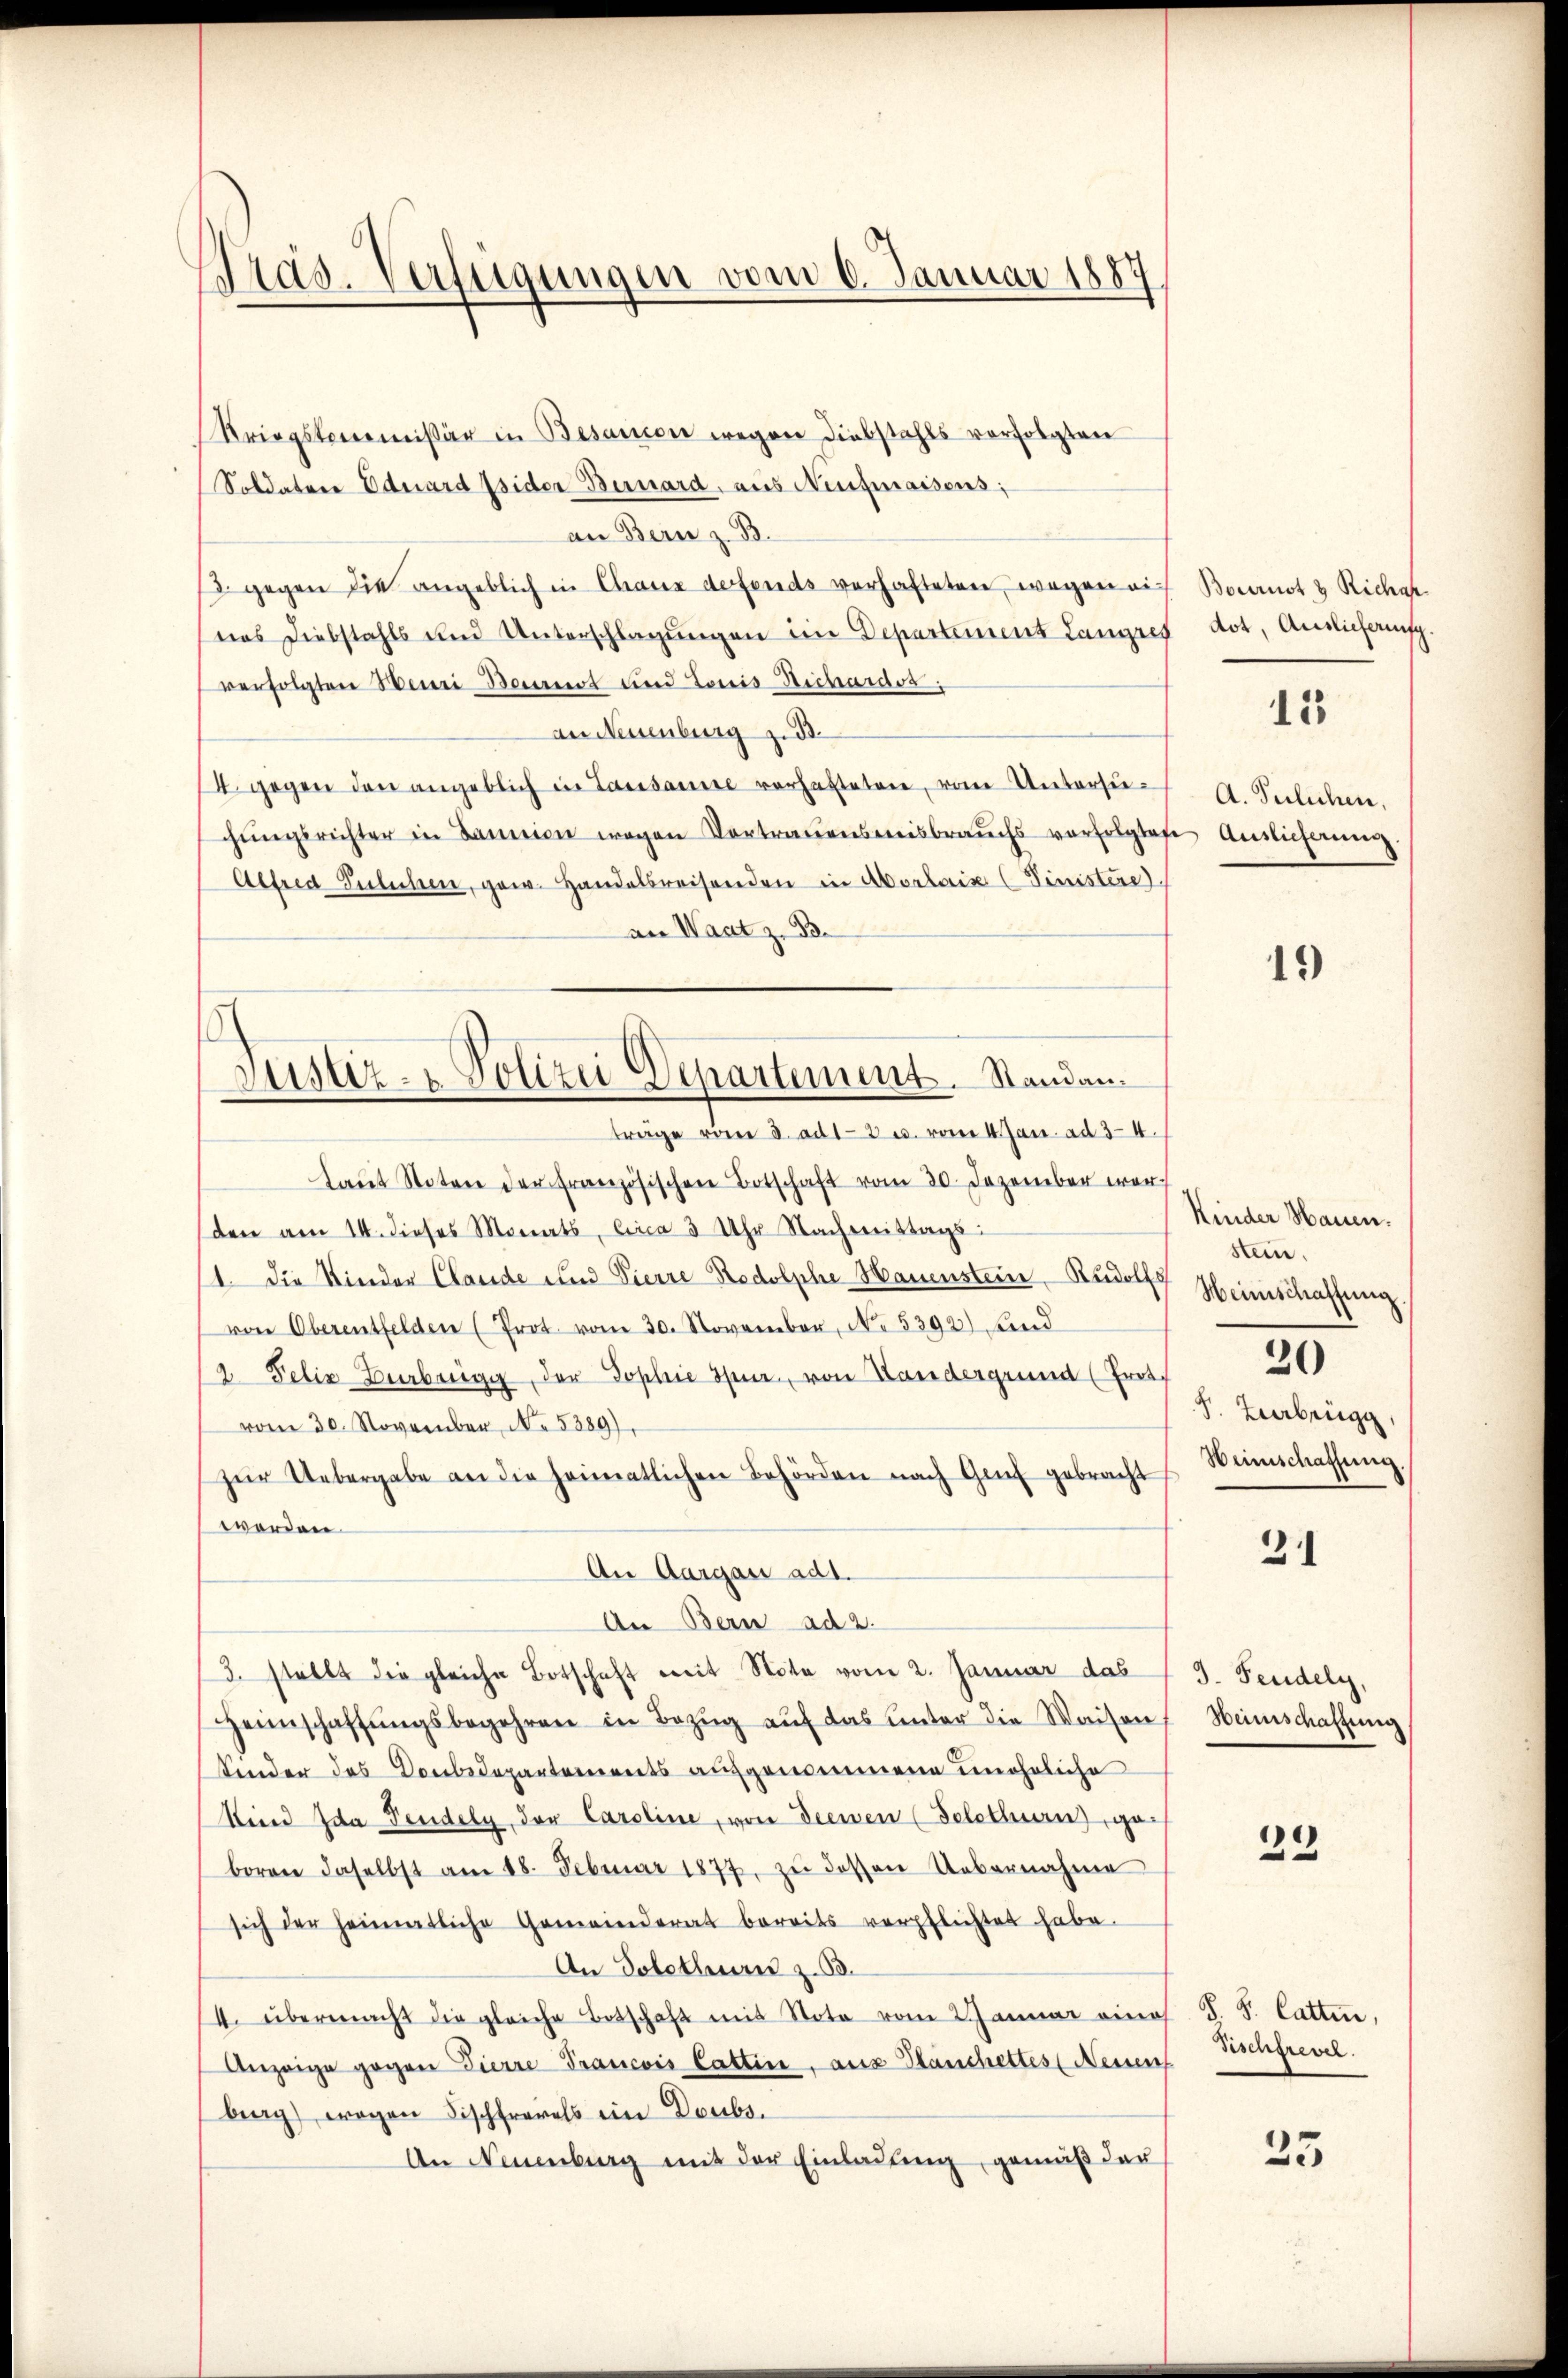
Präs. Verfügungen vom 6. Januar 1887

Kriegskommissär in Besanien wegen Diebstahls verfolgten
Soldater Eduard Isider Bernard, aus Neugmassens;
an Bern z. B.
 gegen die angeblich in Chaux defends verhafteten, wegen eieas Diebstahls und Unterschlagungen im Departement Langres
verfolgten Henei Beurnot und Louis Richardos
an Neuenburg zu.
14 gegen den angeblich in Lausanne vorhatteten, vom Untersuchŭngsrichter in Danien wegen Vortrauensmisbrauchs vorfolgtafe
Alfred Eulichen, gew. Handelsreisenden in Abortais (Finistere
an Waatz. 33.
laŭt Noten der französischen Botschaft vom 30. Dezember war
den am 14. dieses Monats, circa 3 Uhr Nachmittags
1. Die Kinder Claude und Vierre Redolphe Hauenstein Rudolfs
von Oberentfelden (Prot. vom 30. November, No. 5392) Kind
/2 Felix Beerbrugg, der Sophie Spur von Landergrund (Prot
vom 30. November, No. 5389).
zŭr Uebergabe an die heimatlichen Behörden nach Genf gebracht
worden.
An Aargau ad1.
An Bern ad 2.
3. stellt die gleiche Botschaft mit Nota vom 2. Januar das
Heimschaffŭngsbegehren in Bezŭg aŭf das unter die Waisen,
Kinder des Donbedepartements aufgenommene unehrliche
Kind Ida Pendely, der Caroline, von dienen (Solothurn, geboren daselbst am 18. Februar 1877, zŭ dessen Uebernahme
sich der Heimatliche Gemeinderat bereits verpflichtet habe.
An Solothurn z. 63.
4. übermacht die gleiche Botschaft mit Note vom Januar eines
Anzeige gegen Pierre Trancois Gattin, aus Hauchettes (Neuen
berg) wegen Fischfals ein Doubs.
An Neuenburg mit der Einladung gemäß der

Justiz- & Polizei Departement. Standantrage vom 3. ad 13 u. vom 4. Jan. ad 34.

Bournst & Richap
dot, Auslieferung.

12

A. Tulichen,
Auslicherung.

19

Kinder Hauen.
stein.
Heimschaffung
20
S. Lebrige
Weinschaffung.

31

3. Feudely,
Heimschaftung

22

S. S. Catten,
Fischfrevel

25